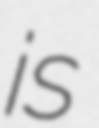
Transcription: is